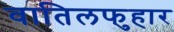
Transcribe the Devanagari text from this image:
वातिलफुहार